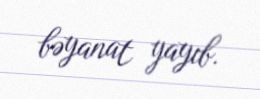
bəyanat yayıb.